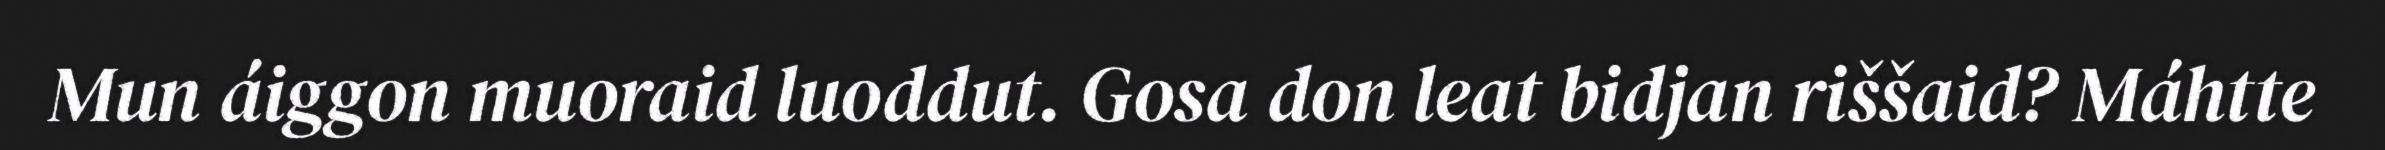
Mun áiggon muoraid luoddut. Gosa don leat bidjan riššaid? Máhtte